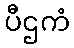
ပီဌကံ